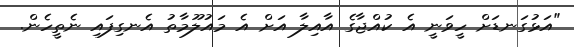
"އަޅުގަނޑަށް ހީވަނީ އެ ކުއްޖާގެ އާއިލާ އަށް އެ މައުލޫމާތު އެނގިފައި ނެތީހެން.